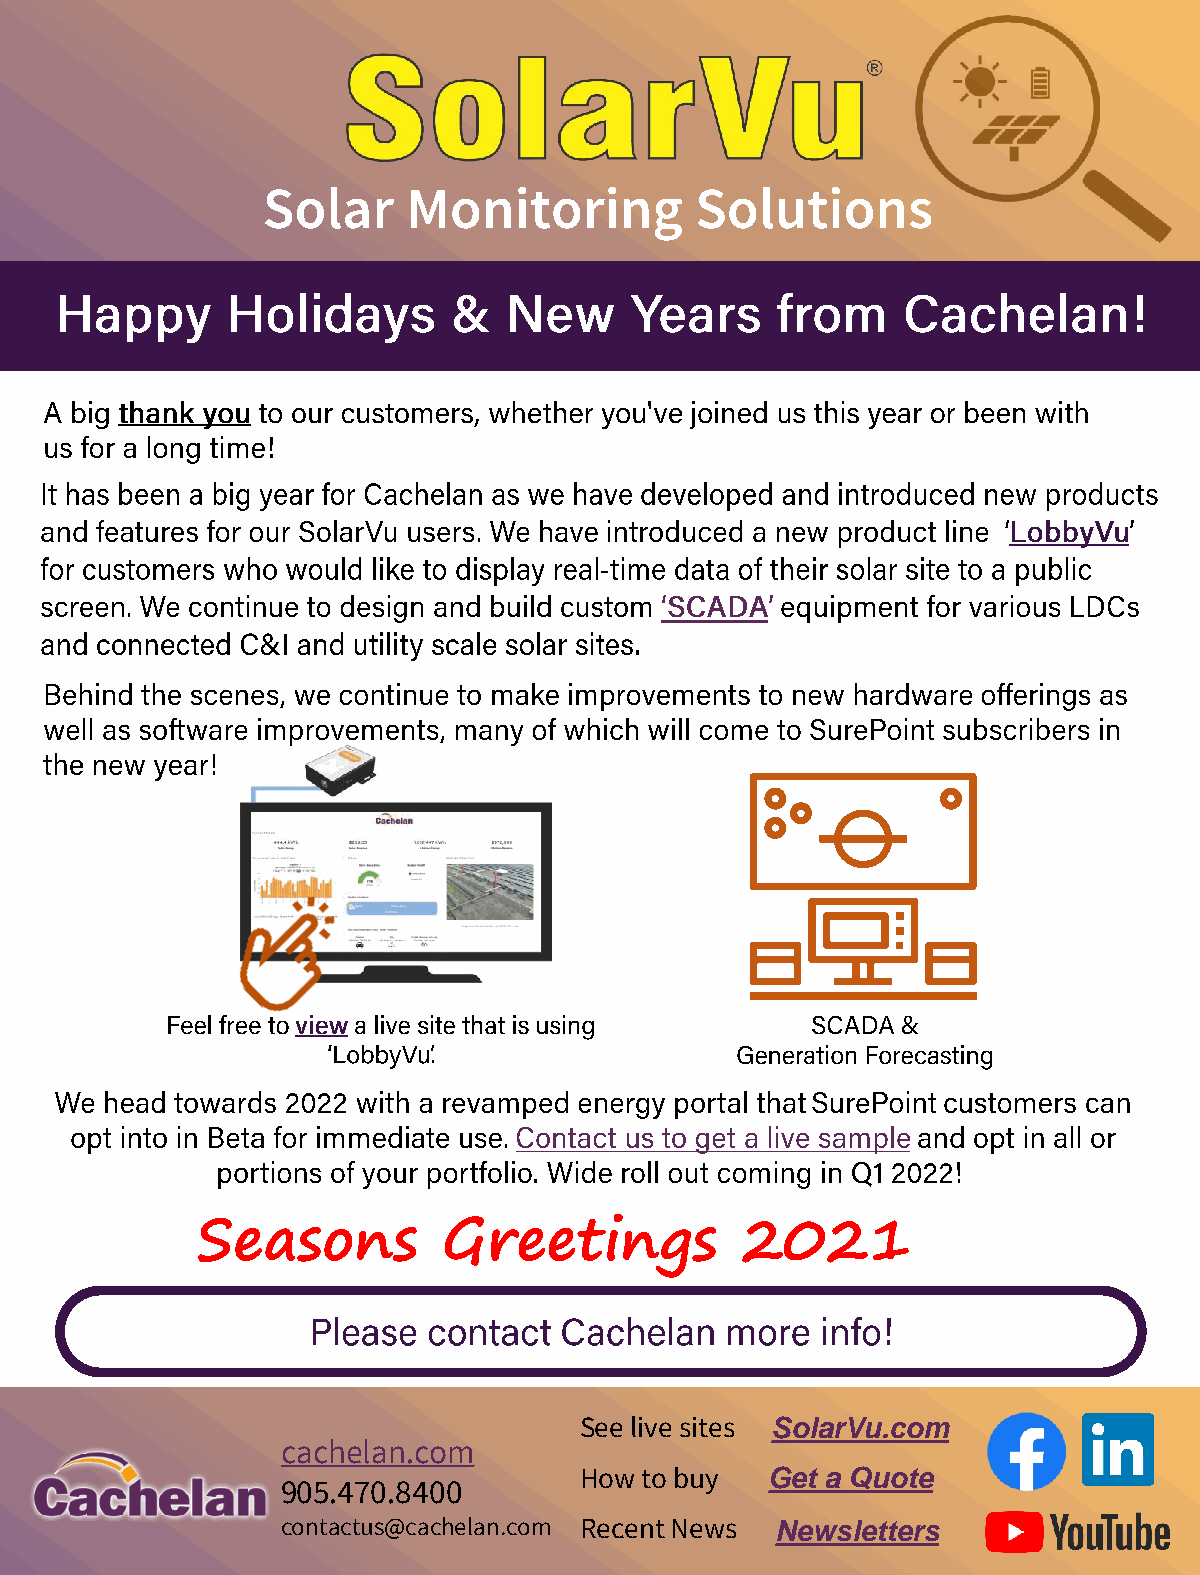
Solar     Monitoring         Solutions
 Seasons         Greetings           2021
 See live sites SolarVu.com
 cachelan.com
 How to buy   Get a Quote
 905.470.8400
 contactus@cachelan.com Recent News Newsletters